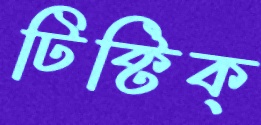
টিক্‌টিক্‌